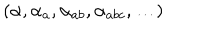
( \alpha , \alpha _ { a } , \alpha _ { a b } , \alpha _ { a b c } , \ldots )